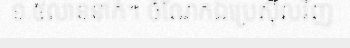
១.៥លាននាក់។ ចំណែកឯប្រេស៊ីលវិញ